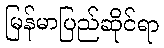
မြန်မာပြည်ဆိုင်ရာ